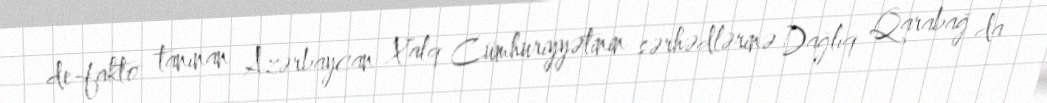
de-fakto tanınan Azərbaycan Xalq Cümhuriyyətinin sərhədlərinə Dağlıq Qarabağ da